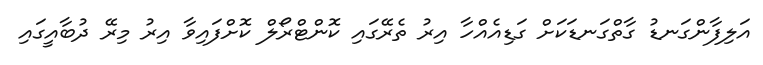
އަލިފާންގަނޑު ގާތްގަނޑަކަށް ގަޑިއެއްހާ އިރު ތެރޭގައި ކޮންޓްރޯލް ކޮށްފައިވާ އިރު މިރޭ ދުބާއީގައި